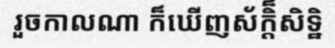
រួចកាលណា ក៏ឃើញស័ក្តិ៏សិទ្ឋិ